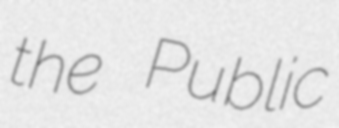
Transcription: the Public